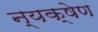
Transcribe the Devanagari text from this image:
न्यक्षेण